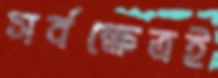
সর্বক্ষেত্রই